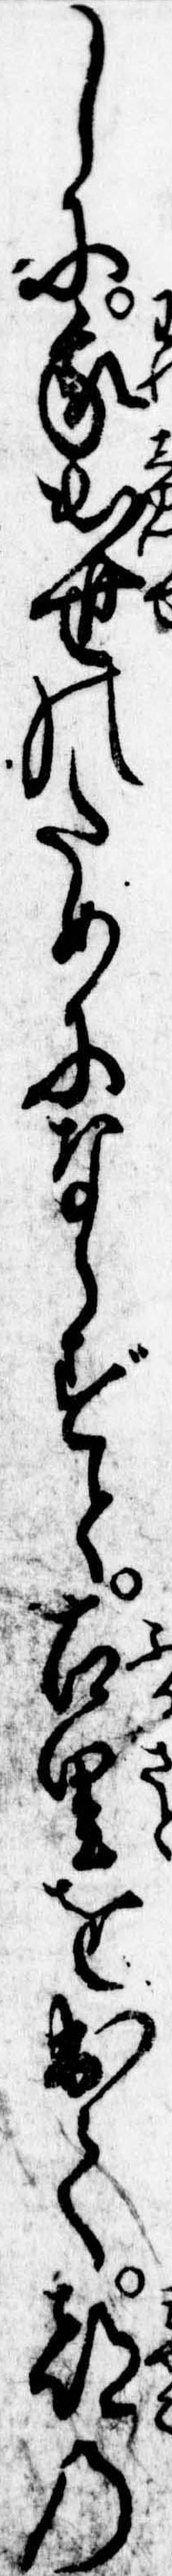
しに我出世のためにならずと古里を出て都の